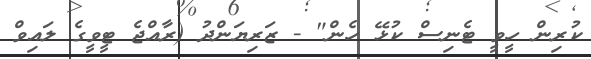
ކުރިން ހީވީ ޓެނިސް ކުޅޭ ހެން" - ޒަރިޔަންދު (ރާއްޖެ ޓީވީގެ ލައިވް